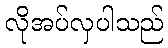
လိုအပ်လှပါသည်